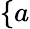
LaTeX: \{ a